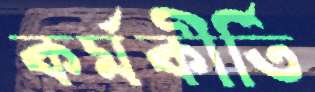
কর্মকীর্তি